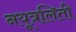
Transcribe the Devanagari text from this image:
नयूत्रलिती